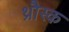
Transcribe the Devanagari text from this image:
थ्रौस्क